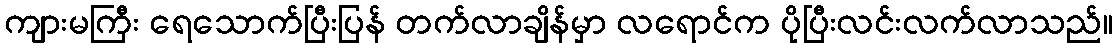
ကျားမကြီး ရေသောက်ပြီးပြန် တက်လာချိန်မှာ လရောင်က ပိုပြီးလင်းလက်လာသည်။